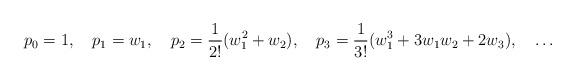
LaTeX: \begin{align*}p_0=1,\quad p_1=w_1,\quad p_2=\frac1{2!}(w_1^2+w_2),\quad p_3=\frac1{3!}(w_1^3+3w_1w_2+2w_3),\quad\ldots\end{align*}